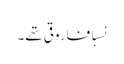
نسباً فاروقی تھے۔